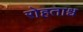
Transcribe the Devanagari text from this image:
रोहताश्व